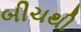
બીચથી